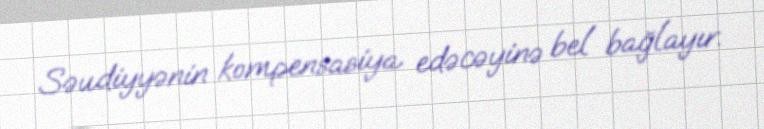
Səudiyyənin kompensasiya edəcəyinə bel bağlayır.